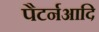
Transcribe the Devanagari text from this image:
पैटर्नआदि